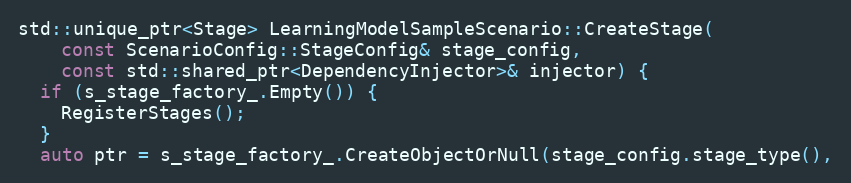
Language: C++
std::unique_ptr<Stage> LearningModelSampleScenario::CreateStage(
    const ScenarioConfig::StageConfig& stage_config,
    const std::shared_ptr<DependencyInjector>& injector) {
  if (s_stage_factory_.Empty()) {
    RegisterStages();
  }
  auto ptr = s_stage_factory_.CreateObjectOrNull(stage_config.stage_type(),